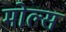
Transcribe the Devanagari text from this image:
मोल्स